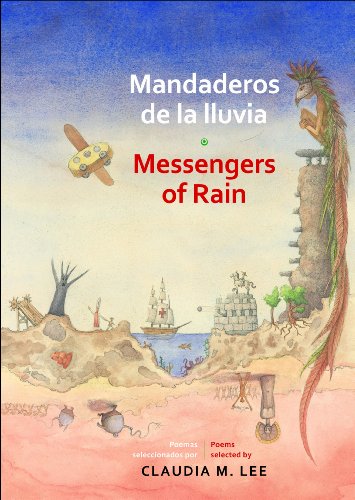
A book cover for Mandaderos de la lluvia / Messengers of Rain (English and Spanish Edition); Teen & Young Adult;